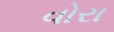
વોરા